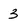
Character: 3